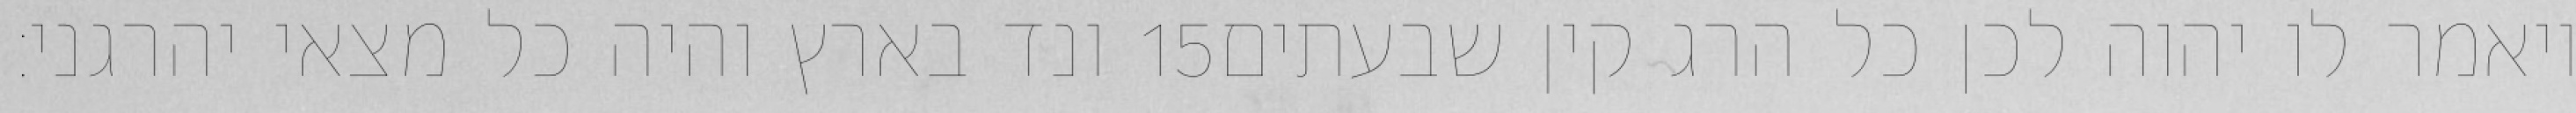
ונד בארץ והיה כל מצאי יהרגני׃ ‎15‏ ויאמר לו יהוה לכן כל הרג קין שבעתים